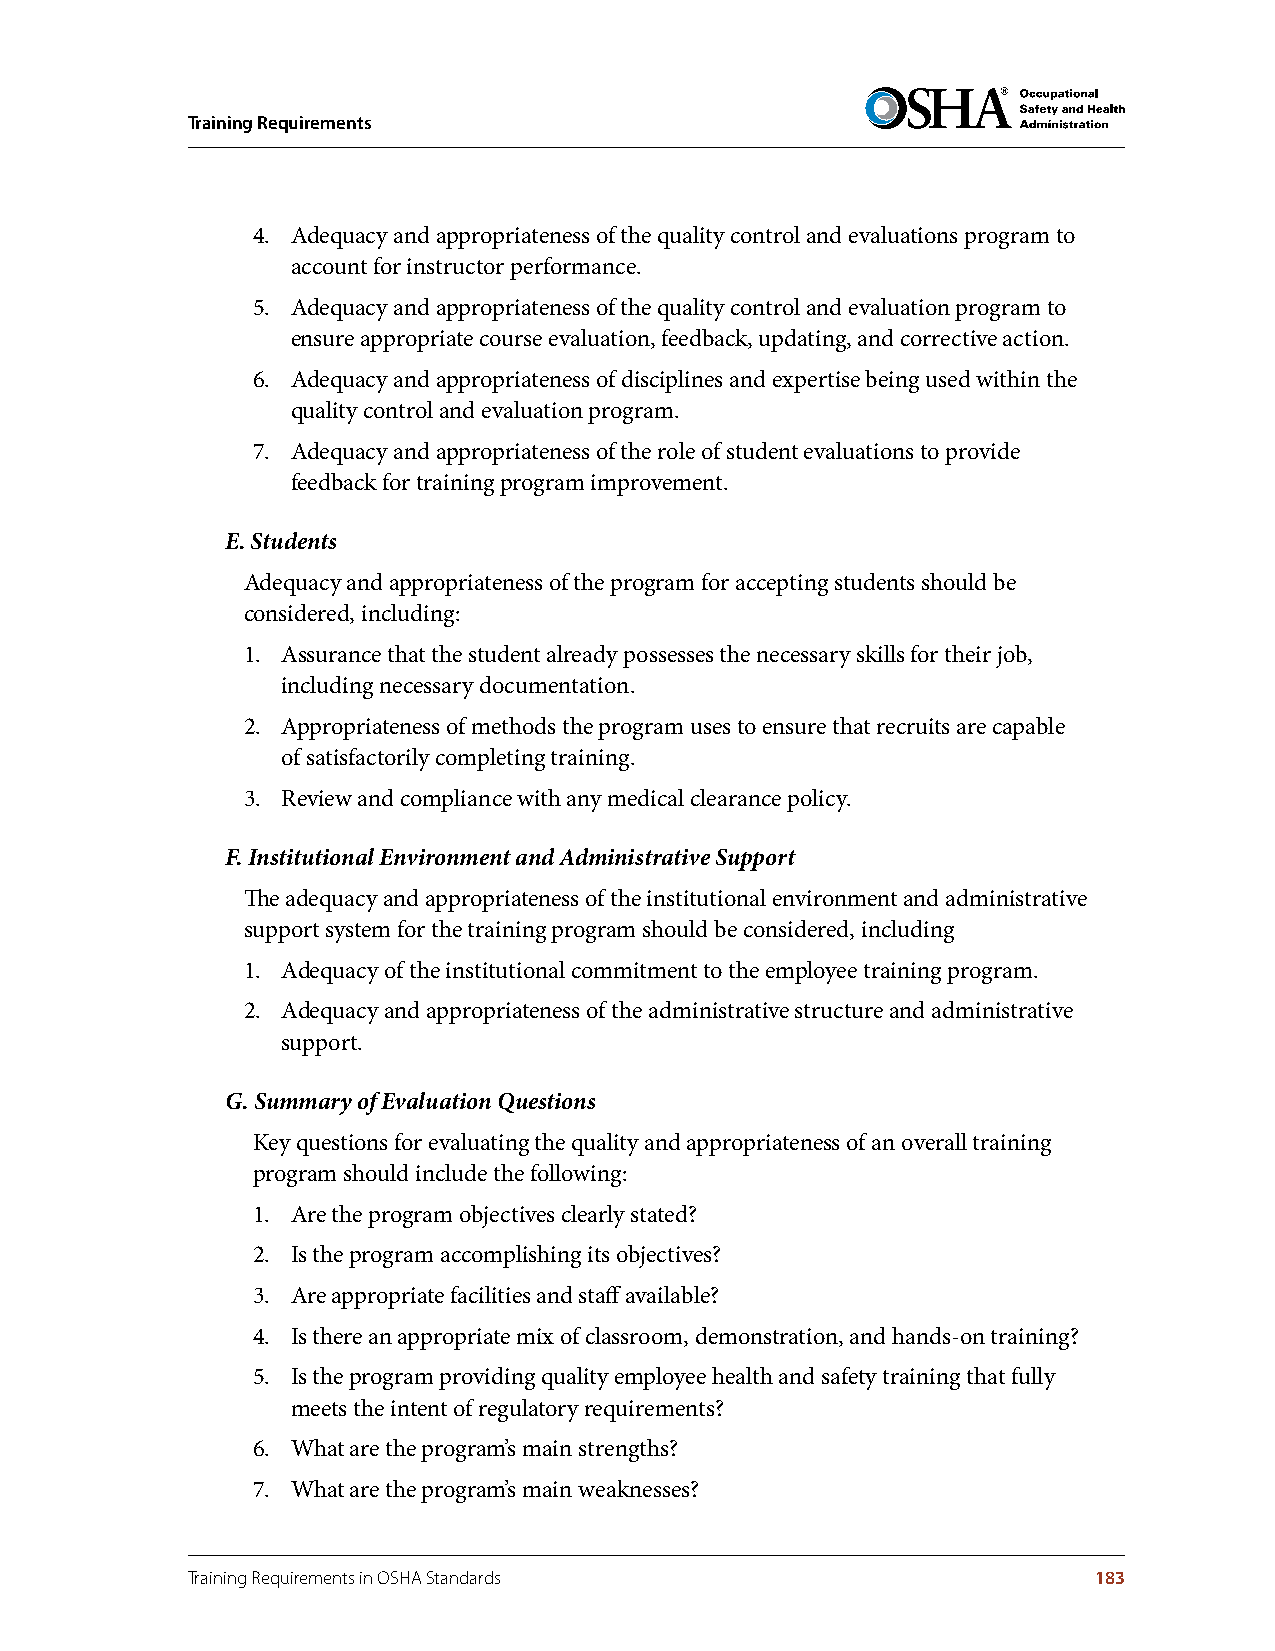
Training Requirements
 4. Adequacy and appropriateness of the quality control and evaluations program to
 account for instructor performance.
 5. Adequacy and appropriateness of the quality control and evaluation program to
 ensure appropriate course evaluation, feedback, updating, and corrective action.
 6. Adequacy and appropriateness of disciplines and expertise being used within the
 quality control and evaluation program.
 7. Adequacy and appropriateness of the role of student evaluations to provide
 feedback for training program improvement.
 E. Students
 Adequacy and appropriateness of the program for accepting students should be
 considered, including:
 1. Assurance that the student already possesses the necessary skills for their job,
 including necessary documentation.
 2. Appropriateness of methods the program uses to ensure that recruits are capable
 of satisfactorily completing training.
 3. Review and compliance with any medical clearance policy.
 F. Institutional Environment and Administrative Support
 The adequacy and appropriateness of the institutional environment and administrative
 support system for the training program should be considered, including
 1. Adequacy of the institutional commitment to the employee training program.
 2. Adequacy and appropriateness of the administrative structure and administrative
 support.
 G. Summary of Evaluation Questions
 Key questions for evaluating the quality and appropriateness of an overall training
 program should include the following:
 1. Are the program objectives clearly stated?
 2. Is the program accomplishing its objectives?
 3. Are appropriate facilities and staff available?
 4. Is there an appropriate mix of classroom, demonstration, and hands-on training?
 5. Is the program providing quality employee health and safety training that fully
 meets the intent of regulatory requirements?
 6. What are the program’s main strengths?
 7. What are the program’s main weaknesses?
 Training Requirements in OSHA Standards                     183